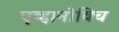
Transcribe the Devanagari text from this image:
एव्हानोविच